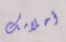
أحلامك